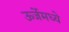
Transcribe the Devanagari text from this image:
ऊर्जेमध्ये